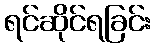
ရင်ဆိုင်ရခြင်း